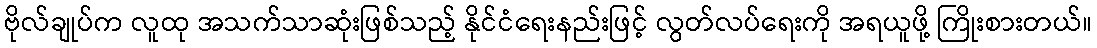
ဗိုလ်ချုပ်က လူထု အသက်သာဆုံးဖြစ်သည့် နိုင်ငံရေးနည်းဖြင့် လွတ်လပ်ရေးကို အရယူဖို့ ကြိုးစားတယ်။